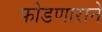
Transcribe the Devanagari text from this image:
फोडणाराने